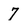
Character: 7